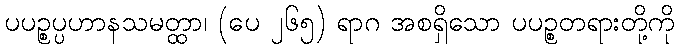
ပပဉ္စပ္ပဟာနသမတ္ထာ၊ (ပေ ၂၆၅) ရာဂ အစရှိသော ပပဉ္စတရားတို့ကို